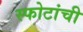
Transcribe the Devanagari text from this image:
स्फोटांची